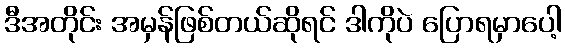
ဒီအတိုင်း အမှန်ဖြစ်တယ်ဆိုရင် ဒါကိုပဲ ပြောရမှာပေါ့